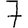
Digit: 7